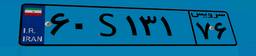
۲۳S۷۹۴۰۱